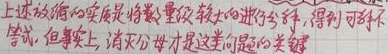
上述放缩的实质是将数量级较大的进行丢弃，得到可解不等式，但事实上，消去分母才是这类问题的关键